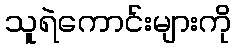
သူရဲကောင်းများကို